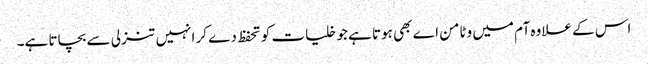
اس کے علاوہ آم میں وٹامن اے بھی ہوتا ہے جو خلیات کو تحفظ دے کر انہیں تنزلی سے بچاتا ہے۔